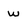
Character: w